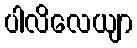
ပါလိလေယျာ